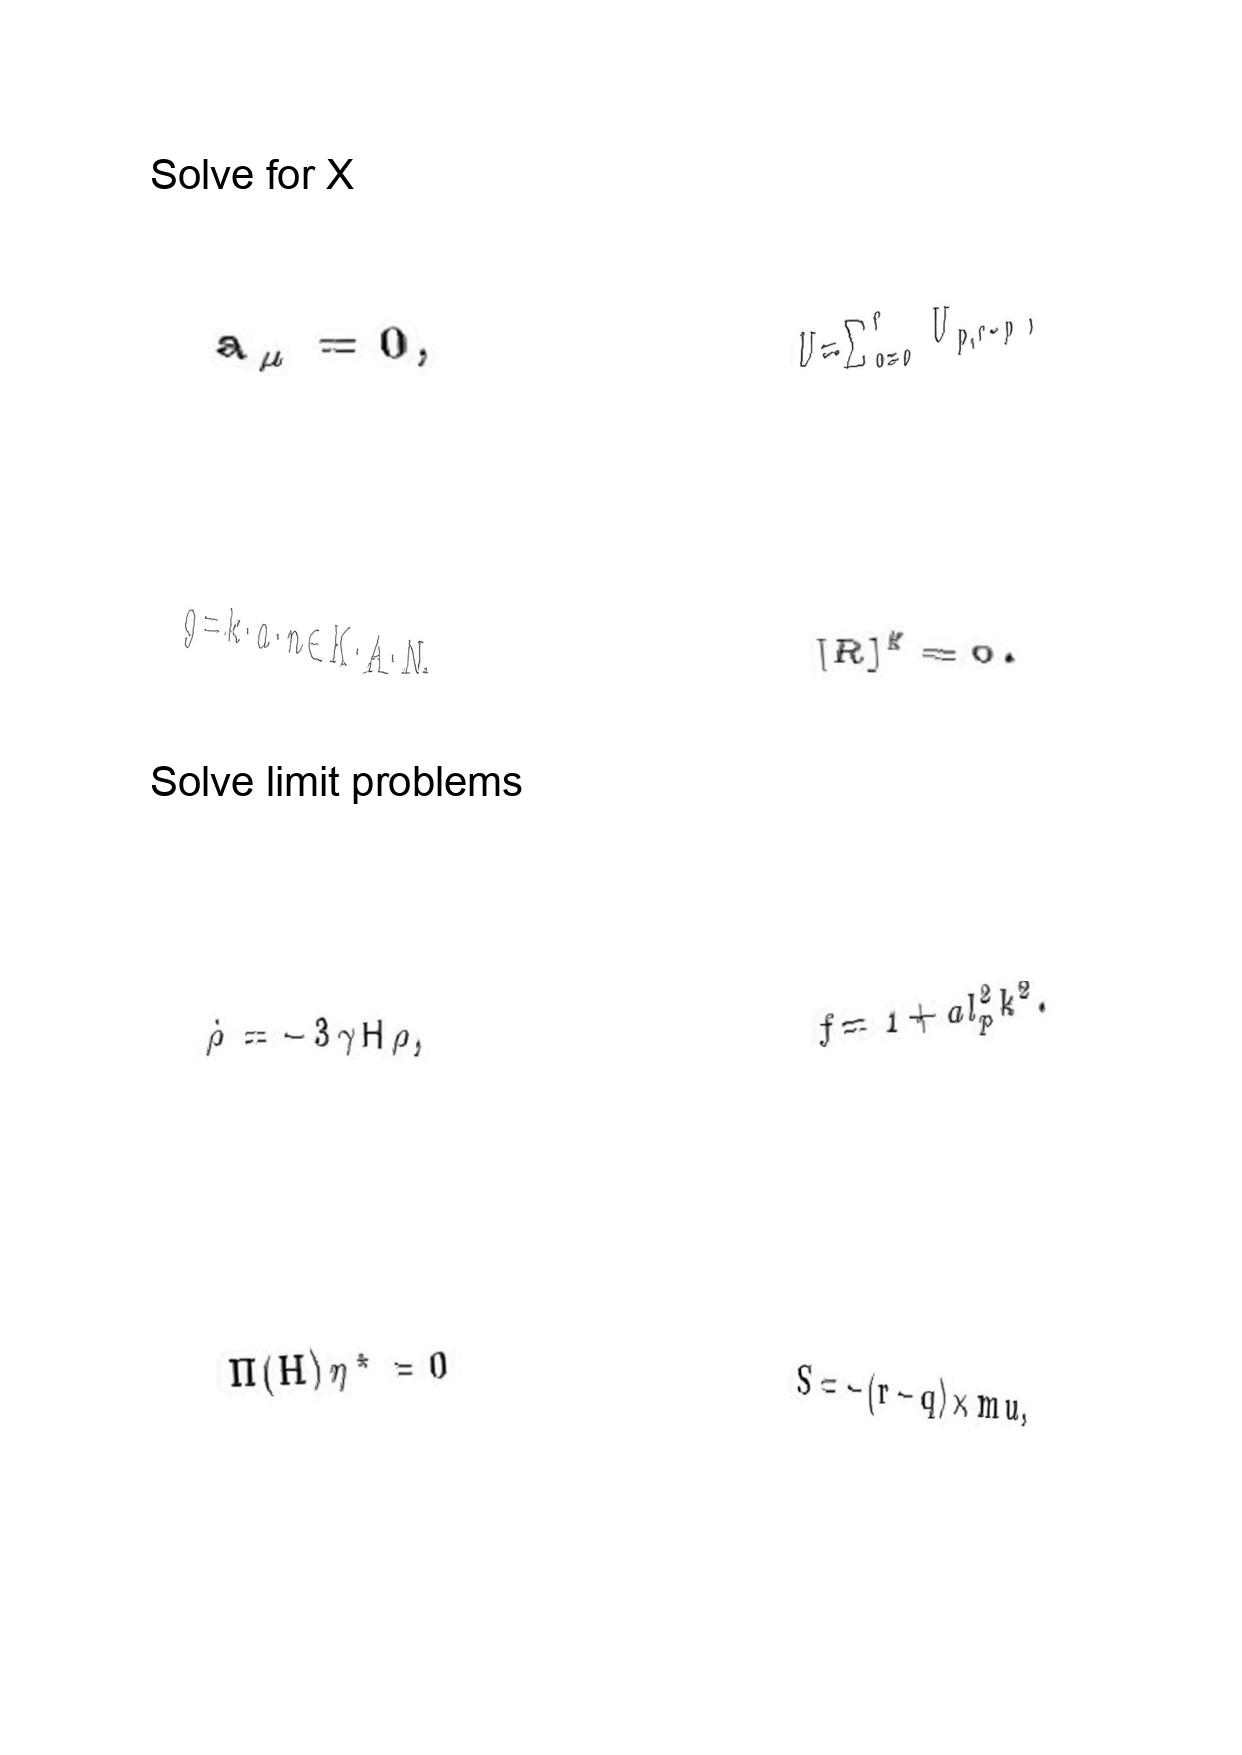
LaTeX transcription:
a _ { \mu } = 0 ,
g = k \cdot a \cdot n \in K \cdot A \cdot N ,
\dot { \rho } = - 3 \gamma H \rho ,
\Pi \lparen H \rparen \eta ^ { \star } = 0
U = \sum _ { p = 0 } ^ { r } U _ { p , r - p } ,
\lbrack R \rbrack ^ { \sharp } = 0 .
f = 1 + a l _ { p } ^ { 2 } k ^ { 2 } .
S = - \lparen r - q \rparen \times m u ,